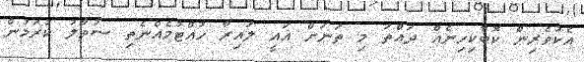
އެކުވެރިން ކޮބާކިހިނެއް ދައްތަ މި ތަނަށް އައީ ލައިރާ ހުއްޓުމެއްނެތި ސުވާލު ކުރަމުން